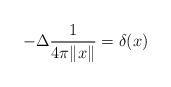
LaTeX: \begin{align*} -\Delta \frac{1}{4 \pi \|x\|} =\delta(x)\end{align*}